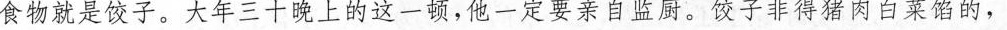
食物就是饺子，大年二十晚上的这一顿，他一定要亲自，饮子非得猪肉白菜馅的，